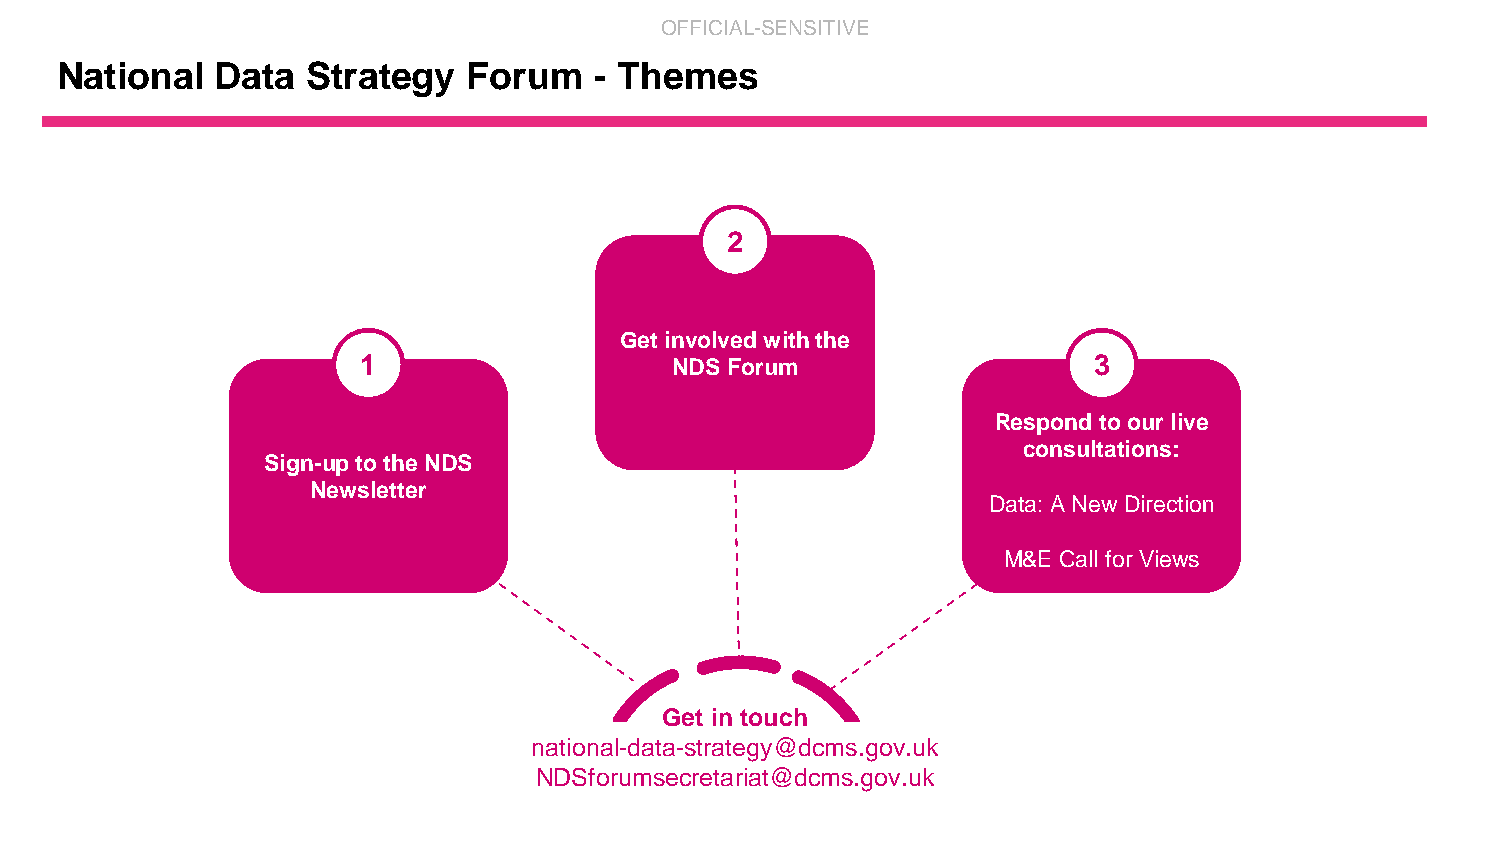
OFFICIAL-SENSITIVE
 National  Data  Strategy   Forum   - Themes
 2
 Get involved with the
 1                   NDS Forum                   3
 Respond to our live
 consultations:
 Sign-up to the NDS
 Newsletter
 Data: A New Direction
 M&E Call for Views
 Get in touch
 national-data-strategy@dcms.gov.uk
 NDSforumsecretariat@dcms.gov.uk